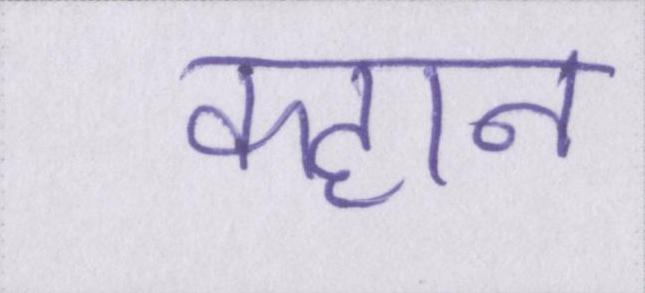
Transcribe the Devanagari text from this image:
क्हान